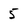
Character: 5